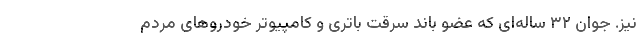
نیز. جوان ۳۲ ساله‌ای که عضو باند سرقت باتری و کامپیوتر خودرو‌های مردم